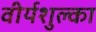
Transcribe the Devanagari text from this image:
वीर्यशुल्का